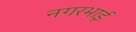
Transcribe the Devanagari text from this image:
नगरभाई